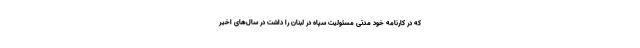
که در کارنامه خود مدتی مسئولیت سپاه در لبنان را داشت در سال‌های اخیر